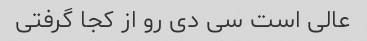
عالی است سی دی رو از کجا گرفتی